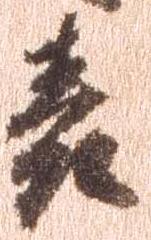
表